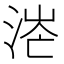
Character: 𣶟